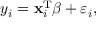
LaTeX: y _ { i } = \mathbf { x } _ { i } ^ { \mathrm { { T } } } { \boldsymbol { \beta } } + \varepsilon _ { i } ,